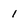
Character: 1